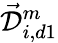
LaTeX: \mathcal{\vec{D}}_{i,d1}^{m}